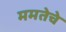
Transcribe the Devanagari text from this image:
ममतेचे